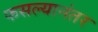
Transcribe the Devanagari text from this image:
फसल्यानंतर